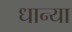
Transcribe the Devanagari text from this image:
धान्या